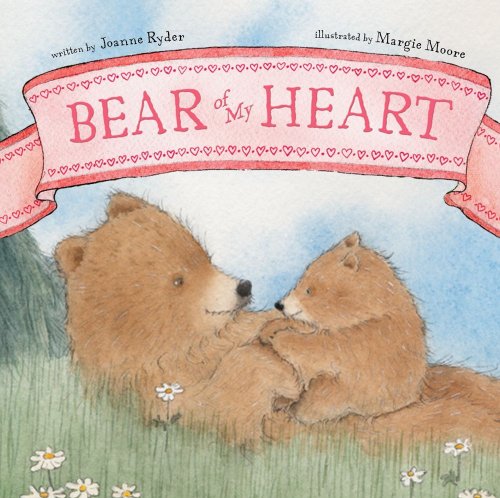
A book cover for Bear of My Heart; Joanne Ryder; Children's Books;